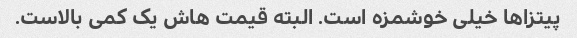
پیتزاها خیلی خوشمزه است. البته قیمت هاش یک کمی بالاست.